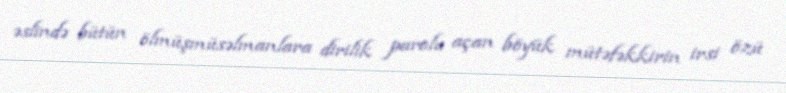
əslində bütün ölmüşmüsəlmanlara dirilik parolu açan böyük mütəfəkkirin irsi özü